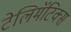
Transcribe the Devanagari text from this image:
टेलिमॅटिक्स